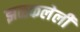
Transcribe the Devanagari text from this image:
झळकलेली